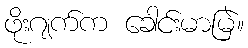
ဖိုးဂျက်က ခေါင်းမာမြဲ။